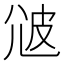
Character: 𤿑